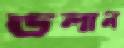
ডলান